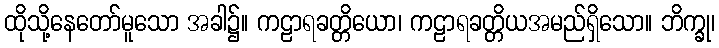
ထိုသို့နေတော်မူသော အခါ၌။ ကဠာရခတ္တိယော၊ ကဠာရခတ္တိယအမည်ရှိသော။ ဘိက္ခု၊